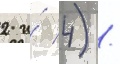
2 и́ 4) /